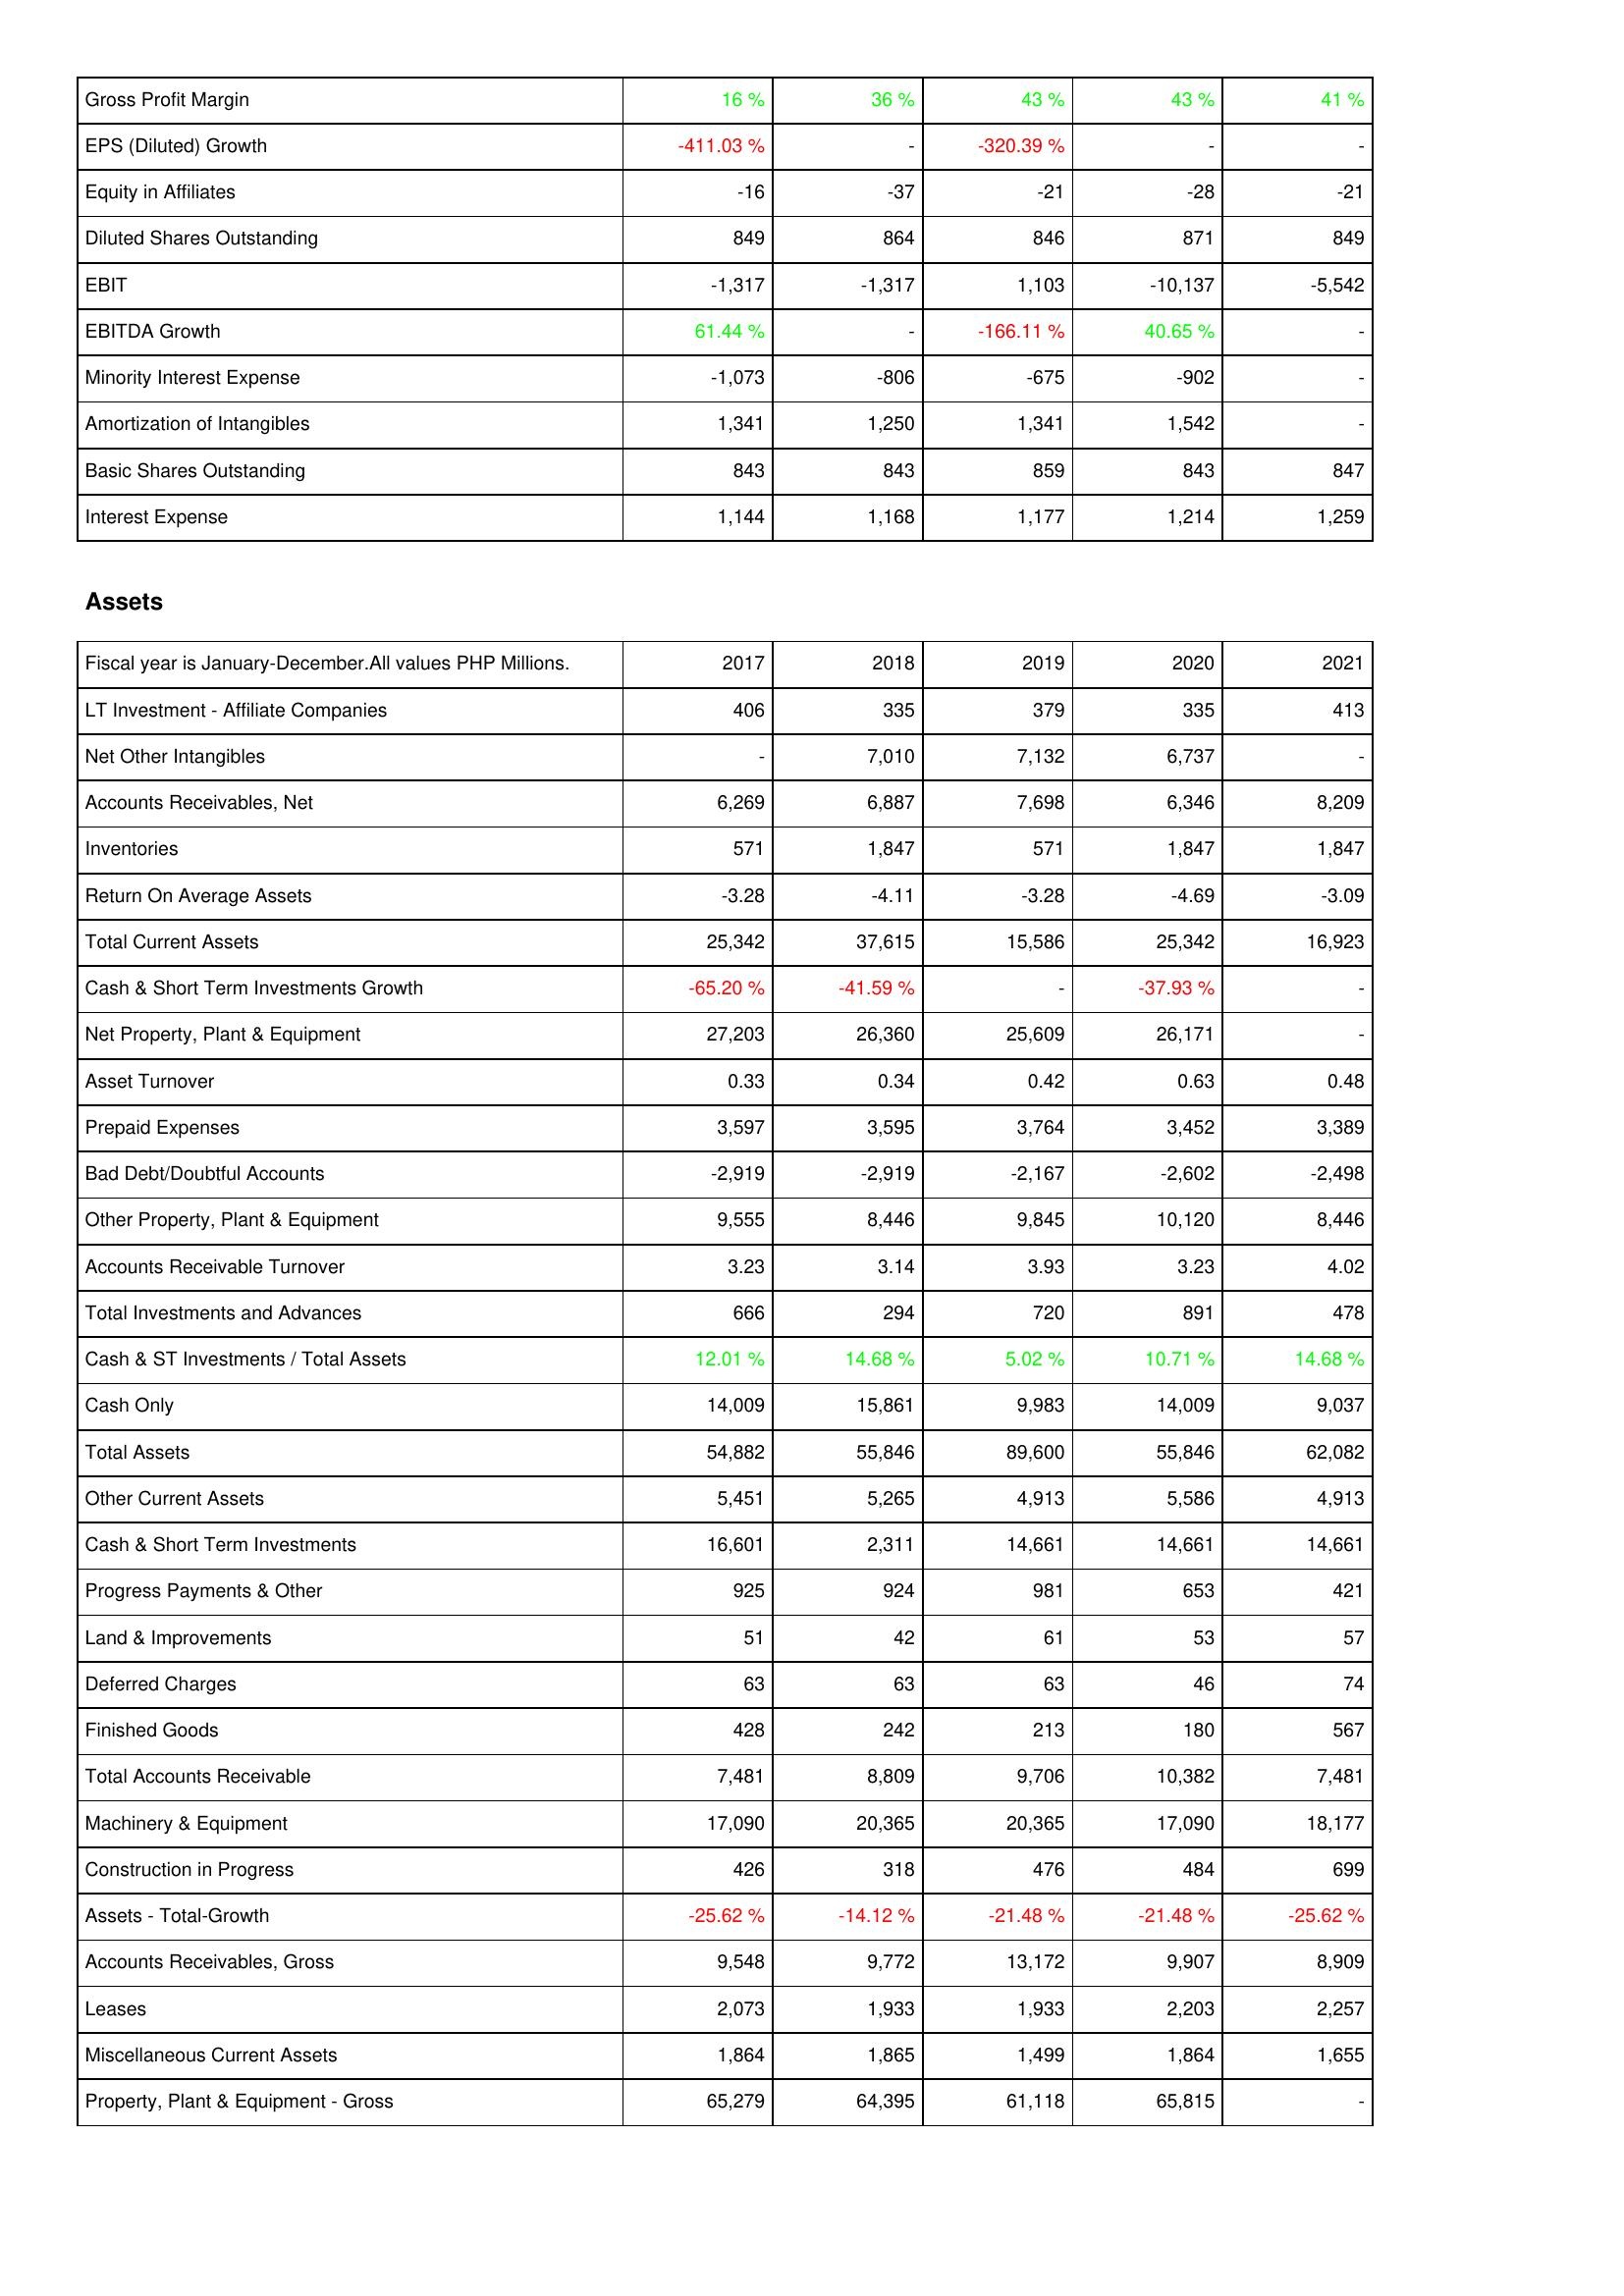
2017: Income Statement: Gross Profit Margin: 16 %
EPS (Diluted) Growth: -411.03 %
Equity in Affiliates: -16
Diluted Shares Outstanding: 849
EBIT: -1,317
EBITDA Growth: 61.44 %
Minority Interest Expense: -1,073
Amortization of Intangibles: 1,341
Basic Shares Outstanding: 843
Interest Expense: 1,144
Assets: LT Investment - Affiliate Companies: 406
Net Other Intangibles: -
Accounts Receivables, Net: 6,269
Inventories: 571
Return On Average Assets: -3.28
Total Current Assets: 25,342
Cash & Short Term Investments Growth: -65.20 %
Net Property, Plant & Equipment: 27,203
Asset Turnover: 0.33
Prepaid Expenses: 3,597
Bad Debt/Doubtful Accounts: -2,919
Other Property, Plant & Equipment: 9,555
Accounts Receivable Turnover: 3.23
Total Investments and Advances: 666
Cash & ST Investments / Total Assets: 12.01 %
Cash Only: 14,009
Total Assets: 54,882
Other Current Assets: 5,451
Cash & Short Term Investments: 16,601
Progress Payments & Other: 925
Land & Improvements: 51
Deferred Charges: 63
Finished Goods: 428
Total Accounts Receivable: 7,481
Machinery & Equipment: 17,090
Construction in Progress: 426
Assets - Total-Growth: -25.62 %
Accounts Receivables, Gross: 9,548
Leases: 2,073
Miscellaneous Current Assets: 1,864
Property, Plant & Equipment - Gross: 65,279
2018: Income Statement: Gross Profit Margin: 36 %
EPS (Diluted) Growth: -
Equity in Affiliates: -37
Diluted Shares Outstanding: 864
EBIT: -1,317
EBITDA Growth: -
Minority Interest Expense: -806
Amortization of Intangibles: 1,250
Basic Shares Outstanding: 843
Interest Expense: 1,168
Assets: LT Investment - Affiliate Companies: 335
Net Other Intangibles: 7,010
Accounts Receivables, Net: 6,887
Inventories: 1,847
Return On Average Assets: -4.11
Total Current Assets: 37,615
Cash & Short Term Investments Growth: -41.59 %
Net Property, Plant & Equipment: 26,360
Asset Turnover: 0.34
Prepaid Expenses: 3,595
Bad Debt/Doubtful Accounts: -2,919
Other Property, Plant & Equipment: 8,446
Accounts Receivable Turnover: 3.14
Total Investments and Advances: 294
Cash & ST Investments / Total Assets: 14.68 %
Cash Only: 15,861
Total Assets: 55,846
Other Current Assets: 5,265
Cash & Short Term Investments: 2,311
Progress Payments & Other: 924
Land & Improvements: 42
Deferred Charges: 63
Finished Goods: 242
Total Accounts Receivable: 8,809
Machinery & Equipment: 20,365
Construction in Progress: 318
Assets - Total-Growth: -14.12 %
Accounts Receivables, Gross: 9,772
Leases: 1,933
Miscellaneous Current Assets: 1,865
Property, Plant & Equipment - Gross: 64,395
2019: Income Statement: Gross Profit Margin: 43 %
EPS (Diluted) Growth: -320.39 %
Equity in Affiliates: -21
Diluted Shares Outstanding: 846
EBIT: 1,103
EBITDA Growth: -166.11 %
Minority Interest Expense: -675
Amortization of Intangibles: 1,341
Basic Shares Outstanding: 859
Interest Expense: 1,177
Assets: LT Investment - Affiliate Companies: 379
Net Other Intangibles: 7,132
Accounts Receivables, Net: 7,698
Inventories: 571
Return On Average Assets: -3.28
Total Current Assets: 15,586
Cash & Short Term Investments Growth: -
Net Property, Plant & Equipment: 25,609
Asset Turnover: 0.42
Prepaid Expenses: 3,764
Bad Debt/Doubtful Accounts: -2,167
Other Property, Plant & Equipment: 9,845
Accounts Receivable Turnover: 3.93
Total Investments and Advances: 720
Cash & ST Investments / Total Assets: 5.02 %
Cash Only: 9,983
Total Assets: 89,600
Other Current Assets: 4,913
Cash & Short Term Investments: 14,661
Progress Payments & Other: 981
Land & Improvements: 61
Deferred Charges: 63
Finished Goods: 213
Total Accounts Receivable: 9,706
Machinery & Equipment: 20,365
Construction in Progress: 476
Assets - Total-Growth: -21.48 %
Accounts Receivables, Gross: 13,172
Leases: 1,933
Miscellaneous Current Assets: 1,499
Property, Plant & Equipment - Gross: 61,118
2020: Income Statement: Gross Profit Margin: 43 %
EPS (Diluted) Growth: -
Equity in Affiliates: -28
Diluted Shares Outstanding: 871
EBIT: -10,137
EBITDA Growth: 40.65 %
Minority Interest Expense: -902
Amortization of Intangibles: 1,542
Basic Shares Outstanding: 843
Interest Expense: 1,214
Assets: LT Investment - Affiliate Companies: 335
Net Other Intangibles: 6,737
Accounts Receivables, Net: 6,346
Inventories: 1,847
Return On Average Assets: -4.69
Total Current Assets: 25,342
Cash & Short Term Investments Growth: -37.93 %
Net Property, Plant & Equipment: 26,171
Asset Turnover: 0.63
Prepaid Expenses: 3,452
Bad Debt/Doubtful Accounts: -2,602
Other Property, Plant & Equipment: 10,120
Accounts Receivable Turnover: 3.23
Total Investments and Advances: 891
Cash & ST Investments / Total Assets: 10.71 %
Cash Only: 14,009
Total Assets: 55,846
Other Current Assets: 5,586
Cash & Short Term Investments: 14,661
Progress Payments & Other: 653
Land & Improvements: 53
Deferred Charges: 46
Finished Goods: 180
Total Accounts Receivable: 10,382
Machinery & Equipment: 17,090
Construction in Progress: 484
Assets - Total-Growth: -21.48 %
Accounts Receivables, Gross: 9,907
Leases: 2,203
Miscellaneous Current Assets: 1,864
Property, Plant & Equipment - Gross: 65,815
2021: Income Statement: Gross Profit Margin: 41 %
EPS (Diluted) Growth: -
Equity in Affiliates: -21
Diluted Shares Outstanding: 849
EBIT: -5,542
EBITDA Growth: -
Minority Interest Expense: -
Amortization of Intangibles: -
Basic Shares Outstanding: 847
Interest Expense: 1,259
Assets: LT Investment - Affiliate Companies: 413
Net Other Intangibles: -
Accounts Receivables, Net: 8,209
Inventories: 1,847
Return On Average Assets: -3.09
Total Current Assets: 16,923
Cash & Short Term Investments Growth: -
Net Property, Plant & Equipment: -
Asset Turnover: 0.48
Prepaid Expenses: 3,389
Bad Debt/Doubtful Accounts: -2,498
Other Property, Plant & Equipment: 8,446
Accounts Receivable Turnover: 4.02
Total Investments and Advances: 478
Cash & ST Investments / Total Assets: 14.68 %
Cash Only: 9,037
Total Assets: 62,082
Other Current Assets: 4,913
Cash & Short Term Investments: 14,661
Progress Payments & Other: 421
Land & Improvements: 57
Deferred Charges: 74
Finished Goods: 567
Total Accounts Receivable: 7,481
Machinery & Equipment: 18,177
Construction in Progress: 699
Assets - Total-Growth: -25.62 %
Accounts Receivables, Gross: 8,909
Leases: 2,257
Miscellaneous Current Assets: 1,655
Property, Plant & Equipment - Gross: -